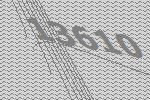
13610